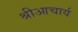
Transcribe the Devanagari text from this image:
श्रीआचार्य